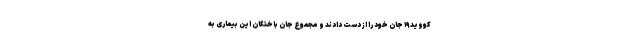
کووید۱۹ جان خود را از دست دادند و مجموع جان باختگان این بیماری به